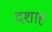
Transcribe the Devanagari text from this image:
दशाह